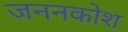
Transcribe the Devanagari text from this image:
जननकोश